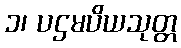
၁၊ ပဌမပိယသုတ္တ